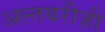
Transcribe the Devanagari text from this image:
अल्तबरीज़ी